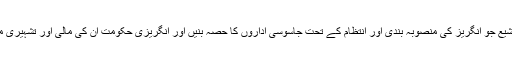
یعنی وہ تشیّع جو انگریز کی منصوبہ بندی اور انتظام کے تحت جاسوسی اداروں کا حصہ بنیں اور انگریزی حکومت ان کی مالی اور تشہیری مدد کرے۔